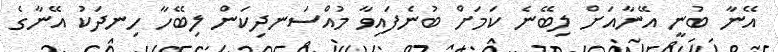
އޭނާ ބުނީ އޭނާއަށް ލިބޭނެ ކަމަށް ބުނެފައިވާ މުއްސަނދިކަން ލިބޭހާ ހިނދަކު އޭނާގެ